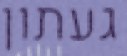
געתון